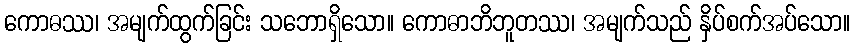
ကောဓဿ၊ အမျက်ထွက်ခြင်း သဘောရှိသော။ ကောဓာဘိဘူတဿ၊ အမျက်သည် နှိပ်စက်အပ်သော။